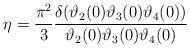
LaTeX: \begin{align*} \eta = \frac{\pi^2}{3} \frac{\delta(\vartheta_2(0)\vartheta_3(0)\vartheta_4(0))}{\vartheta_2(0)\vartheta_3(0)\vartheta_4(0)}\end{align*}